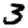
Digit: 3